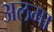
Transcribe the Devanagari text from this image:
अलमा